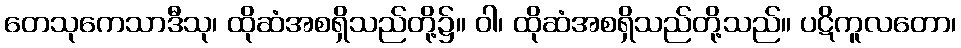
တေသုကေသာဒီသု၊ ထိုဆံအစရှိသည်တို့၌။ ဝါ၊ ထိုဆံအစရှိသည်တို့သည်။ ပဋိကူလတော၊